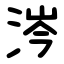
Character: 涔